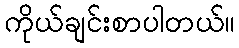
ကိုယ်ချင်းစာပါတယ်။